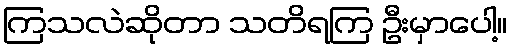
ကြသလဲဆိုတာ သတိရကြ ဦးမှာပေါ့။